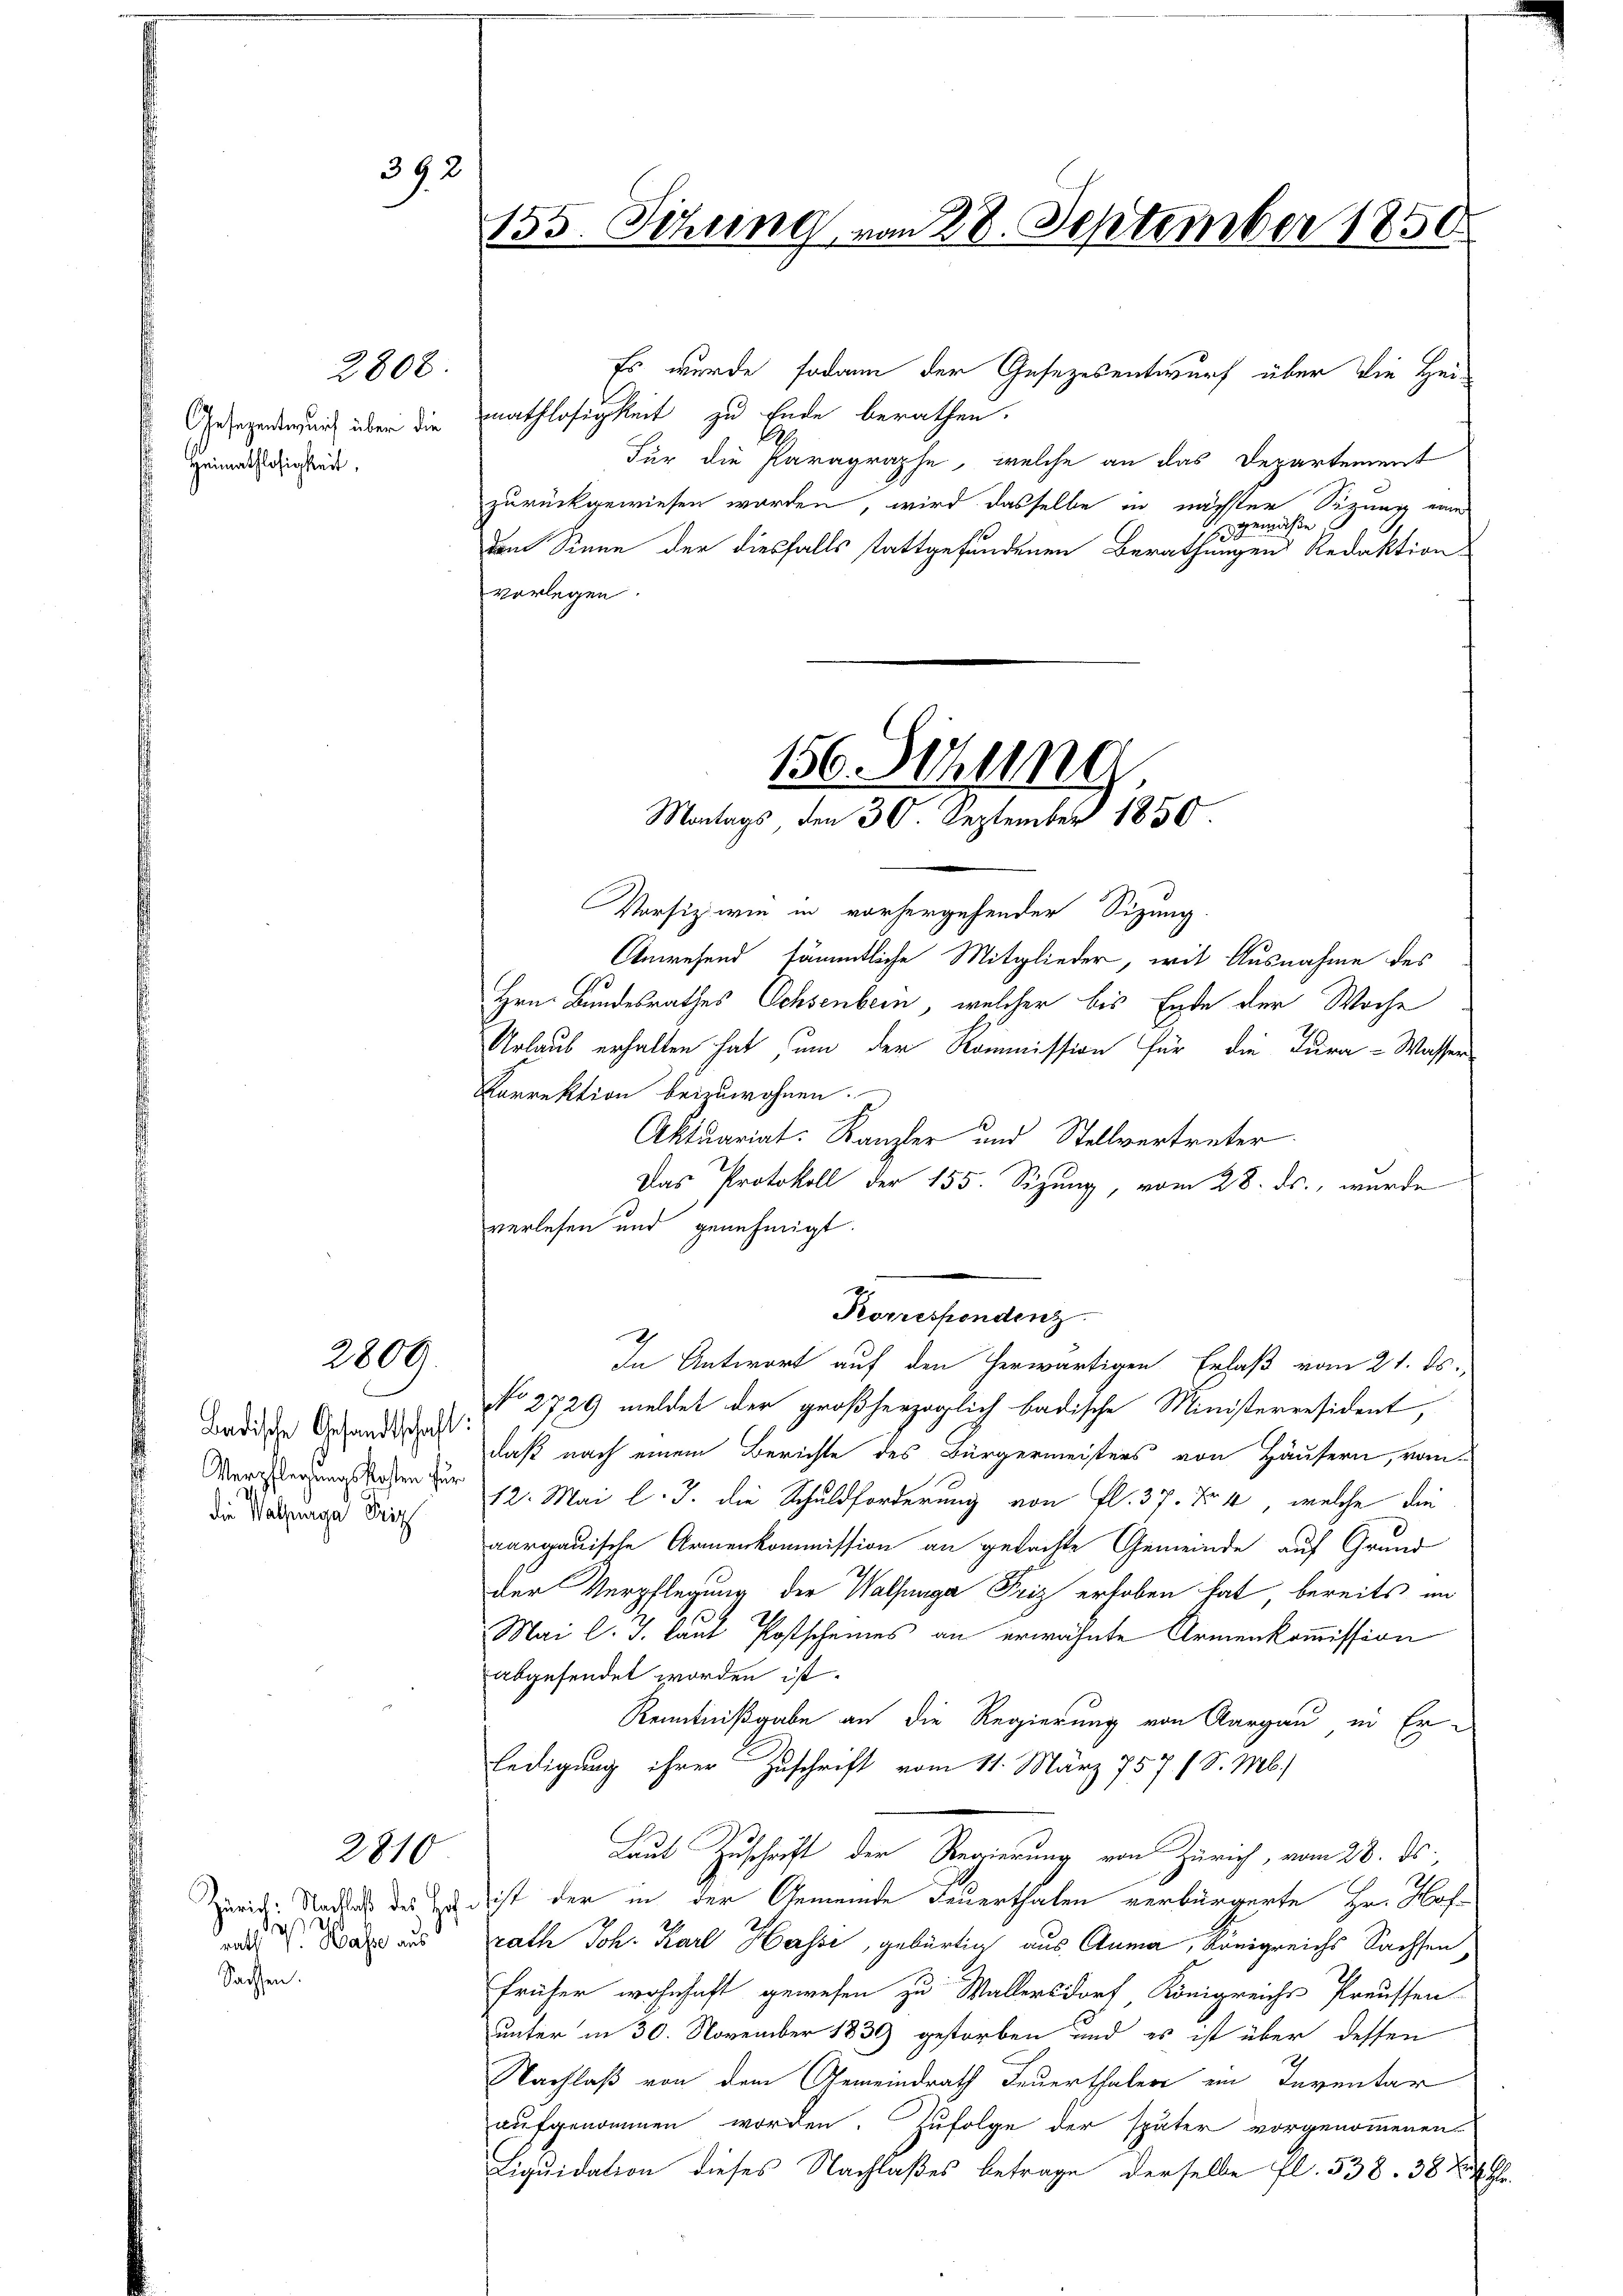
392

2800.

Gesezenterlich über die
Heimathlosigkeit.

2800

Badische Gesandtschaft:
die Satzunge Friz

2810

da
rath V. Wasse aus
Sachsen.

mathlosigkeit zu Ende berathen.
Für die Paragraphe, welche an das Departement
zurückgewiesen worden, wird dasselbe in nächster Sizung eine
gemäße
dem Sinne der diesfalls stattgefundenen Berathungen Redaktion
vorlegen.

155. Sitzung vom 28. September 1850.

Es wurde sodann der Gesetzesentwurf über die Hei¬

156. Setzung
Montags den 30. September 1850.

Korrespendenz

Vorsitz wie in vorhergehender Sizung.
Anwesend sämmtliche Mitglieder, mit Ausnahme des
Hrn. Bundesrathes Ochsenbern, welcher bis Ende der Woche
Urlaub erhalten hat um der Kommission für die Tura-Wasser-
Korrektion beizuwohnen.
Aktuariat. Kanzler und Stellvertreter
Das Protokoll der 155. Sizung, vom 28. ds., wurde
verlesen und genehmigt.
In Antwort auf den herwärtigen Erlaß vom 21. ds.
No 2729 meldet der großherzoglich badische Ministerresident,
daß nach einem Berichte des Bürgermeisters von Häusern, vom
Marchterungshohen der 12. Mai l. J. die Schuldforderung von fl. 37. Fr. 4, welche die
aargauische Armenkommission an gedachte Gemeinde auf Grund
der Verpflegung der Walfunge Friz erhoben hat bereits an
Mai l. J. laut Postscheines an erwähnte Armenkommission
abgesendet worden ist.
Kenntnißgabe an die Regierung von Aargau in Er-
ledigung ihrer Zuschrift vom 11. März 757. 1 S. M.)
Laut Zuschrift der Regierung von Zürich, vom 28. ds.
Zweid Nadel des zu dist der in der Gemeinde Feuerthalen verbürgerte Hr. Hofrath Joh. Karl Hasse, gebürtig aus Auma, Königreichs Sachsen
früher wohnhaft gewesen zu Wallersdorf Königreichs Preussen
unter in 30. November 1839 gestorben und es ist über dessen
Nachlaß von dem Gemeindrath Feuerthaler ein Inventar
aufgenommen worden. Zufolge der später vorgenommenen
Liquidation dieses Nachlaßes betrage derselbe fl. 538. 38 Fr.